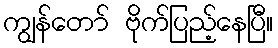
ကျွန်တော် ဗိုက်ပြည့်နေပြီ။